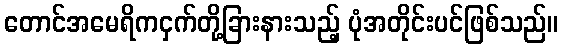
တောင်အမေရိကငှက်တို့ခြားနားသည့် ပုံအတိုင်းပင်ဖြစ်သည်။